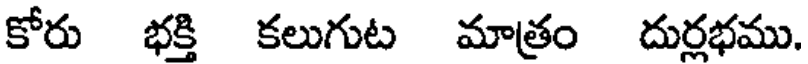
కోరు భక్తి కలుగుట మాత్రం దుర్లభము.